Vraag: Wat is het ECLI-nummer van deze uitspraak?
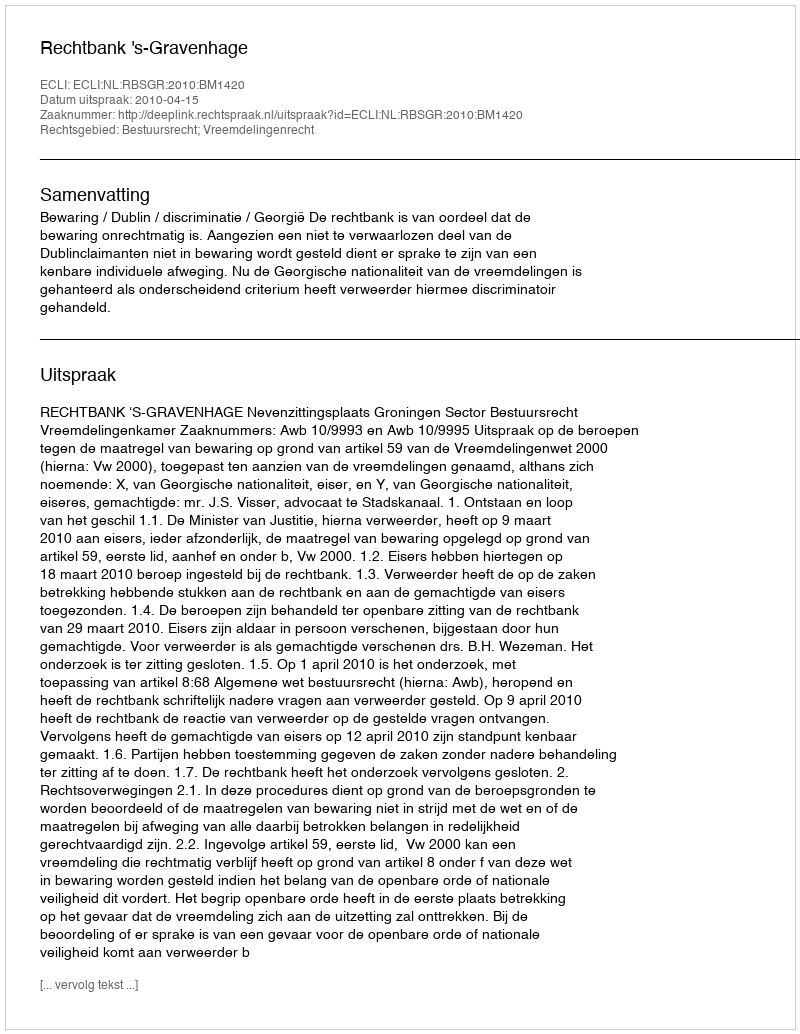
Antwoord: ECLI:NL:RBSGR:2010:BM1420